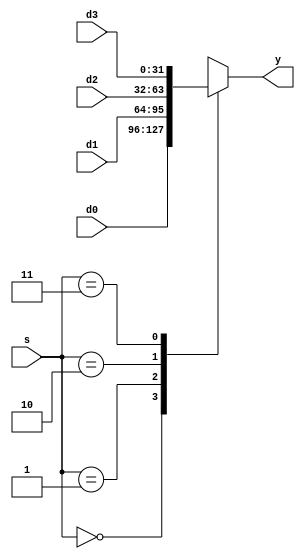

`timescale 1ns/1ns

module mux4 (d0,d1,d2,d3,s,y);

parameter n=32;

input [n-1:0] d0,d1,d2,d3;
input [1:0] s;
output reg [n-1:0] y;

always @* begin

    case(s)
        2'b00: y<=d0;
        2'b01: y<=d1;
        2'b10: y<=d2;
        2'b11: y<=d3;
    endcase
    
end

endmodule